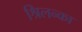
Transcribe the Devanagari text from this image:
श्रिलन्का